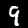
Digit: 9